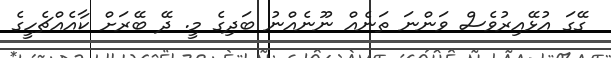
ގޭގަ އުޅޭއިރުވެސް ވަންނަ ތަނެއް ނޫނެއްނު ބަދިގެ މީ. ދޭ ބޭރަށް ކާއެއްޗެހީގެ